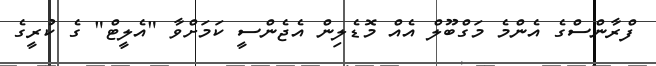
ފްރާންސްގެ އެންމެ މަގްބޫލް އެއް މޮޑެލިން އެޖެންސީ ކަމަށްވާ "އެލީޓް" ގެ ކުރީގެ